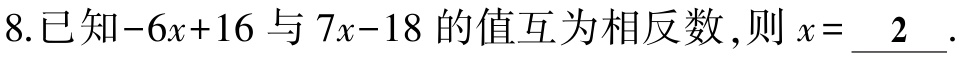
8.已知\(-6x + 16\)与\(7x - 18\)的值互为相反数,则\(x = \underline{2}\).